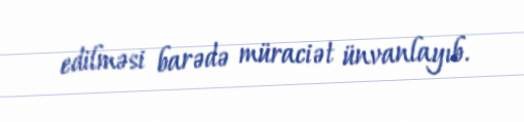
edilməsi barədə müraciət ünvanlayıb.